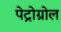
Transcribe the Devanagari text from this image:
पेट्रोग्रोल